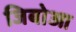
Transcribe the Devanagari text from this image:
जिबोआ